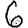
Digit: 6